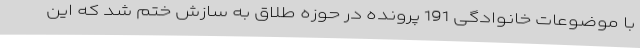
با موضوعات خانوادگی 191 پرونده در حوزه طلاق به سازش ختم شد که این